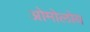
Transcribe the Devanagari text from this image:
ओमोलोय